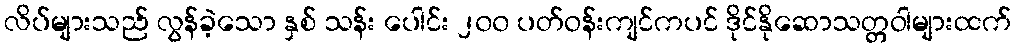
လိပ်များသည် လွန်ခဲ့သော နှစ် သန်း ပေါင်း ၂၀၀ ပတ်ဝန်းကျင်ကပင် ဒိုင်နိုဆောသတ္တဝါများထက်